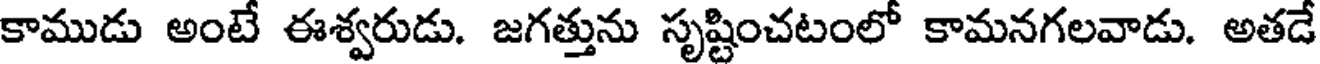
కాముడు అంటే ఈశ్వరుడు. జగత్తును సృష్టించటంలో కామనగలవాడు. అతడే